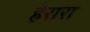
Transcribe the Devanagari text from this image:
हेरारा